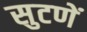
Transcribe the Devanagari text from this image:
सुटणें